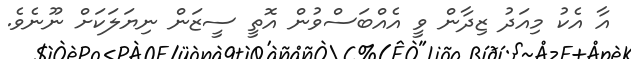
އާ އެކު މިއަދު ޒިދާން ވީ އެއްބަސްވުން އޮތީ ސީޒަން ނިޔަލަކަށް ނޫނެވެ.